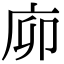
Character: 㡻